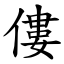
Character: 僂